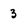
Character: 3